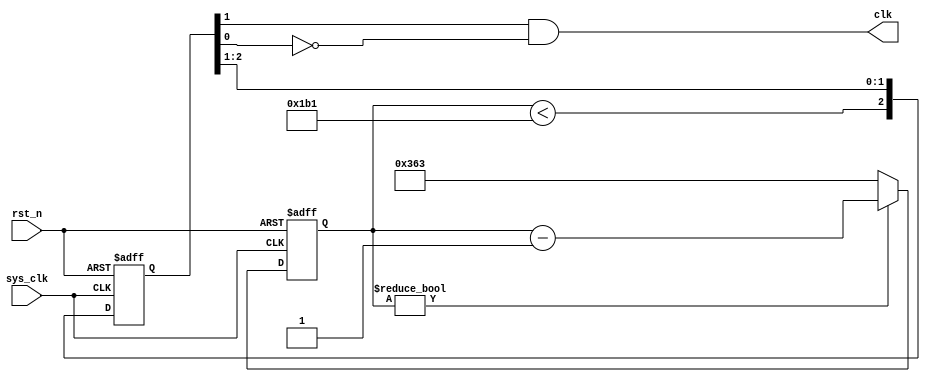
`timescale 1us / 1us

module CLK_GEN #(
    parameter SYS_CLK_FREQ = 100_000_000,
    parameter BAUD_RATE = 115200
)(
    input sys_clk,
    input rst_n,
    output clk
);
    localparam max_cnt = SYS_CLK_FREQ / BAUD_RATE - 1;
    localparam half_cnt = max_cnt >> 1;
    reg[31:0] clk_cnt = max_cnt;
    reg[0:2] clk_reg = 3'b0;
    always @(posedge sys_clk or negedge rst_n)
        if (!rst_n) clk_cnt <= max_cnt;
        else if (clk_cnt) clk_cnt <= clk_cnt - 1'b1;
        else clk_cnt <= max_cnt;
    always @(posedge sys_clk or negedge rst_n)
        if (!rst_n) clk_reg <= 3'b0;
        else clk_reg <= {clk_cnt < half_cnt, clk_reg[0:1]};
    assign clk = clk_reg[1] & ~clk_reg[2]; // posedge
endmodule